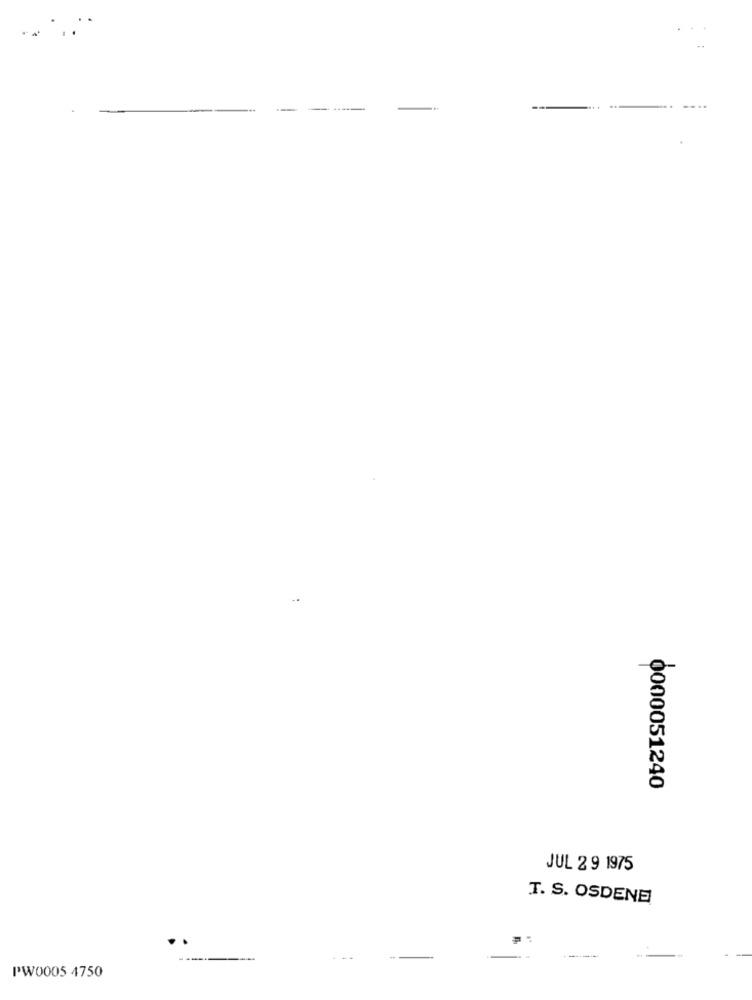
----
0000051240
JUL 2 9 1975
T. S. OSDENE
PW0005 4750